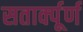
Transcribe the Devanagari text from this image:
सतार्क्पूर्ण